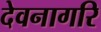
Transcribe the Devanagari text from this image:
देवनागरि